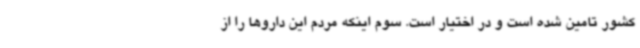
کشور تامین شده است و در اختیار است. سوم اینکه مردم این داروها را از